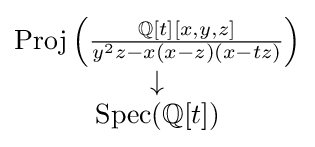
{\begin{matrix}\operatorname {Proj} \left({\frac {\mathbb {Q} [t][x,y,z]}{y^{2}z-x(x-z)(x-tz)}}\right)\\\downarrow \\\operatorname {Spec} (\mathbb {Q} [t])\end{matrix}}